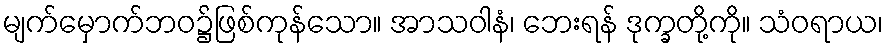
မျက်မှောက်ဘဝ၌ဖြစ်ကုန်သော။ အာသဝါနံ၊ ဘေးရန် ဒုက္ခတို့ကို။ သံဝရာယ၊